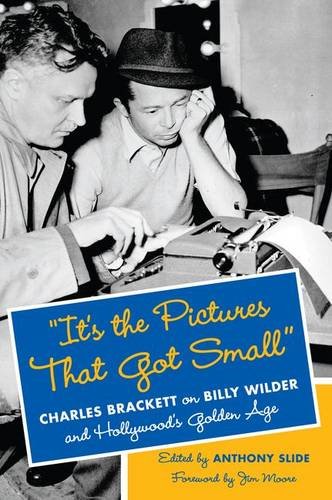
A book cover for "It's the Pictures That Got Small": Charles Brackett on Billy Wilder and Hollywood's Golden Age (Film and Culture Series); Humor & Entertainment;